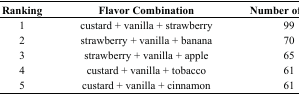
| Ranking | Flavor Combination | Number of Posts |
 | --- | --- | --- |
 | 1 | custard + vanilla + strawberry | 99 |
 | 2 | strawberry + vanilla + banana | 70 |
 | 3 | strawberry + vanilla + apple | 65 |
 | 4 | custard + vanilla + tobacco | 61 |
 | 5 | custard + vanilla + cinnamon | 61 |